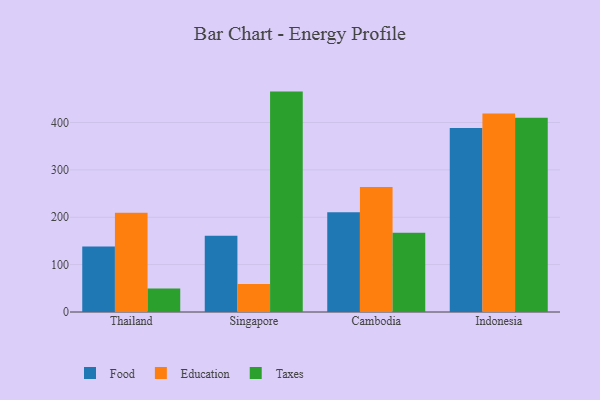
{"axis": {"x": "Country", "y": "Shipments"}, "legend": ["Education", "Food", "Taxes"], "data": [{"x": "Thailand", "y": 138.4, "type": "Food"}, {"x": "Thailand", "y": 209.7, "type": "Education"}, {"x": "Thailand", "y": 49.6, "type": "Taxes"}, {"x": "Singapore", "y": 161.1, "type": "Food"}, {"x": "Singapore", "y": 58.9, "type": "Education"}, {"x": "Singapore", "y": 465.3, "type": "Taxes"}, {"x": "Cambodia", "y": 210.6, "type": "Food"}, {"x": "Cambodia", "y": 263.7, "type": "Education"}, {"x": "Cambodia", "y": 167.4, "type": "Taxes"}, {"x": "Indonesia", "y": 388.3, "type": "Food"}, {"x": "Indonesia", "y": 419.1, "type": "Education"}, {"x": "Indonesia", "y": 410.2, "type": "Taxes"}]}